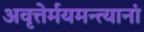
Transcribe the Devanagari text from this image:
अवृत्तेर्मयमन्त्यानां